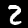
Digit: 2